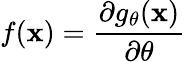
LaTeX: f(\mathbf{x})=\frac{\partial g_{\theta}(\mathbf{x})}{\partial\theta}